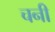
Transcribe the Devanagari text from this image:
चनी